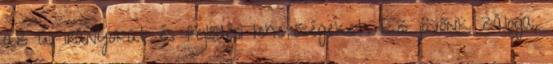
az új irányokat és fejlődési lehetőségeket. Ez jövőnk záloga.